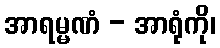
အာရမ္မဏံ - အာရုံကို၊